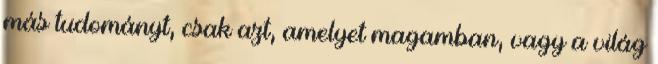
más tudományt, csak azt, amelyet magamban, vagy a világ